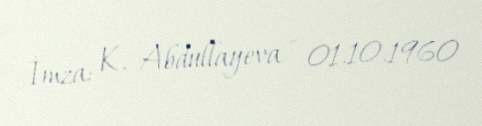
İmza: K. Abdullayeva - 01.10.1960